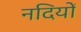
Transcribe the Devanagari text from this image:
नदियों